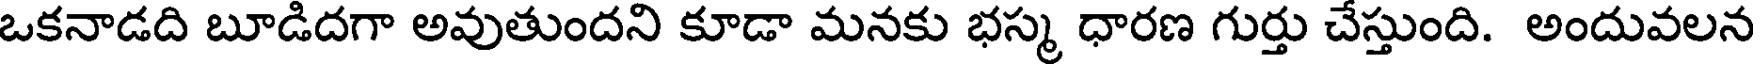
ఒకనాడది బూడిదగా అవుతుందని కూడా మనకు భస్మ ధారణ గుర్తు చేస్తుంది. అందువలన